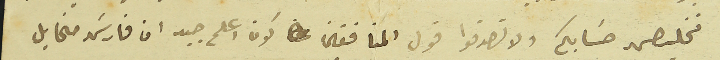
نخلص حسَابكم ولا تصدقوا قول المنافقين كون اعلم جيد ان فارسَ مخايل